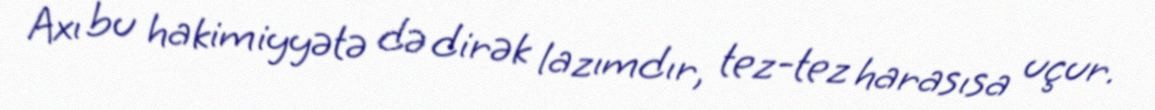
Axı bu hakimiyyətə də dirək lazımdır, tez-tez harasısa uçur.